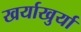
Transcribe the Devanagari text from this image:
खर्याखुर्या